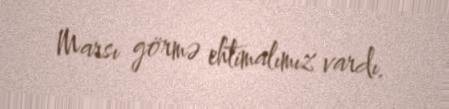
Marsı görmə ehtimalımız vardı.